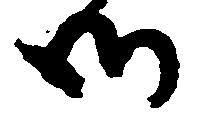
御